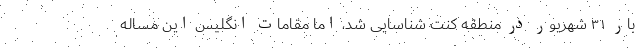
بار ۳۱ شهریور در منطقه کنت شناسایی شد، اما مقامات انگلیس این مساله